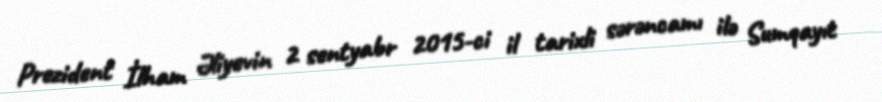
Prezident İlham Əliyevin 2 sentyabr 2015-ci il tarixli sərəncamı ilə Sumqayıt